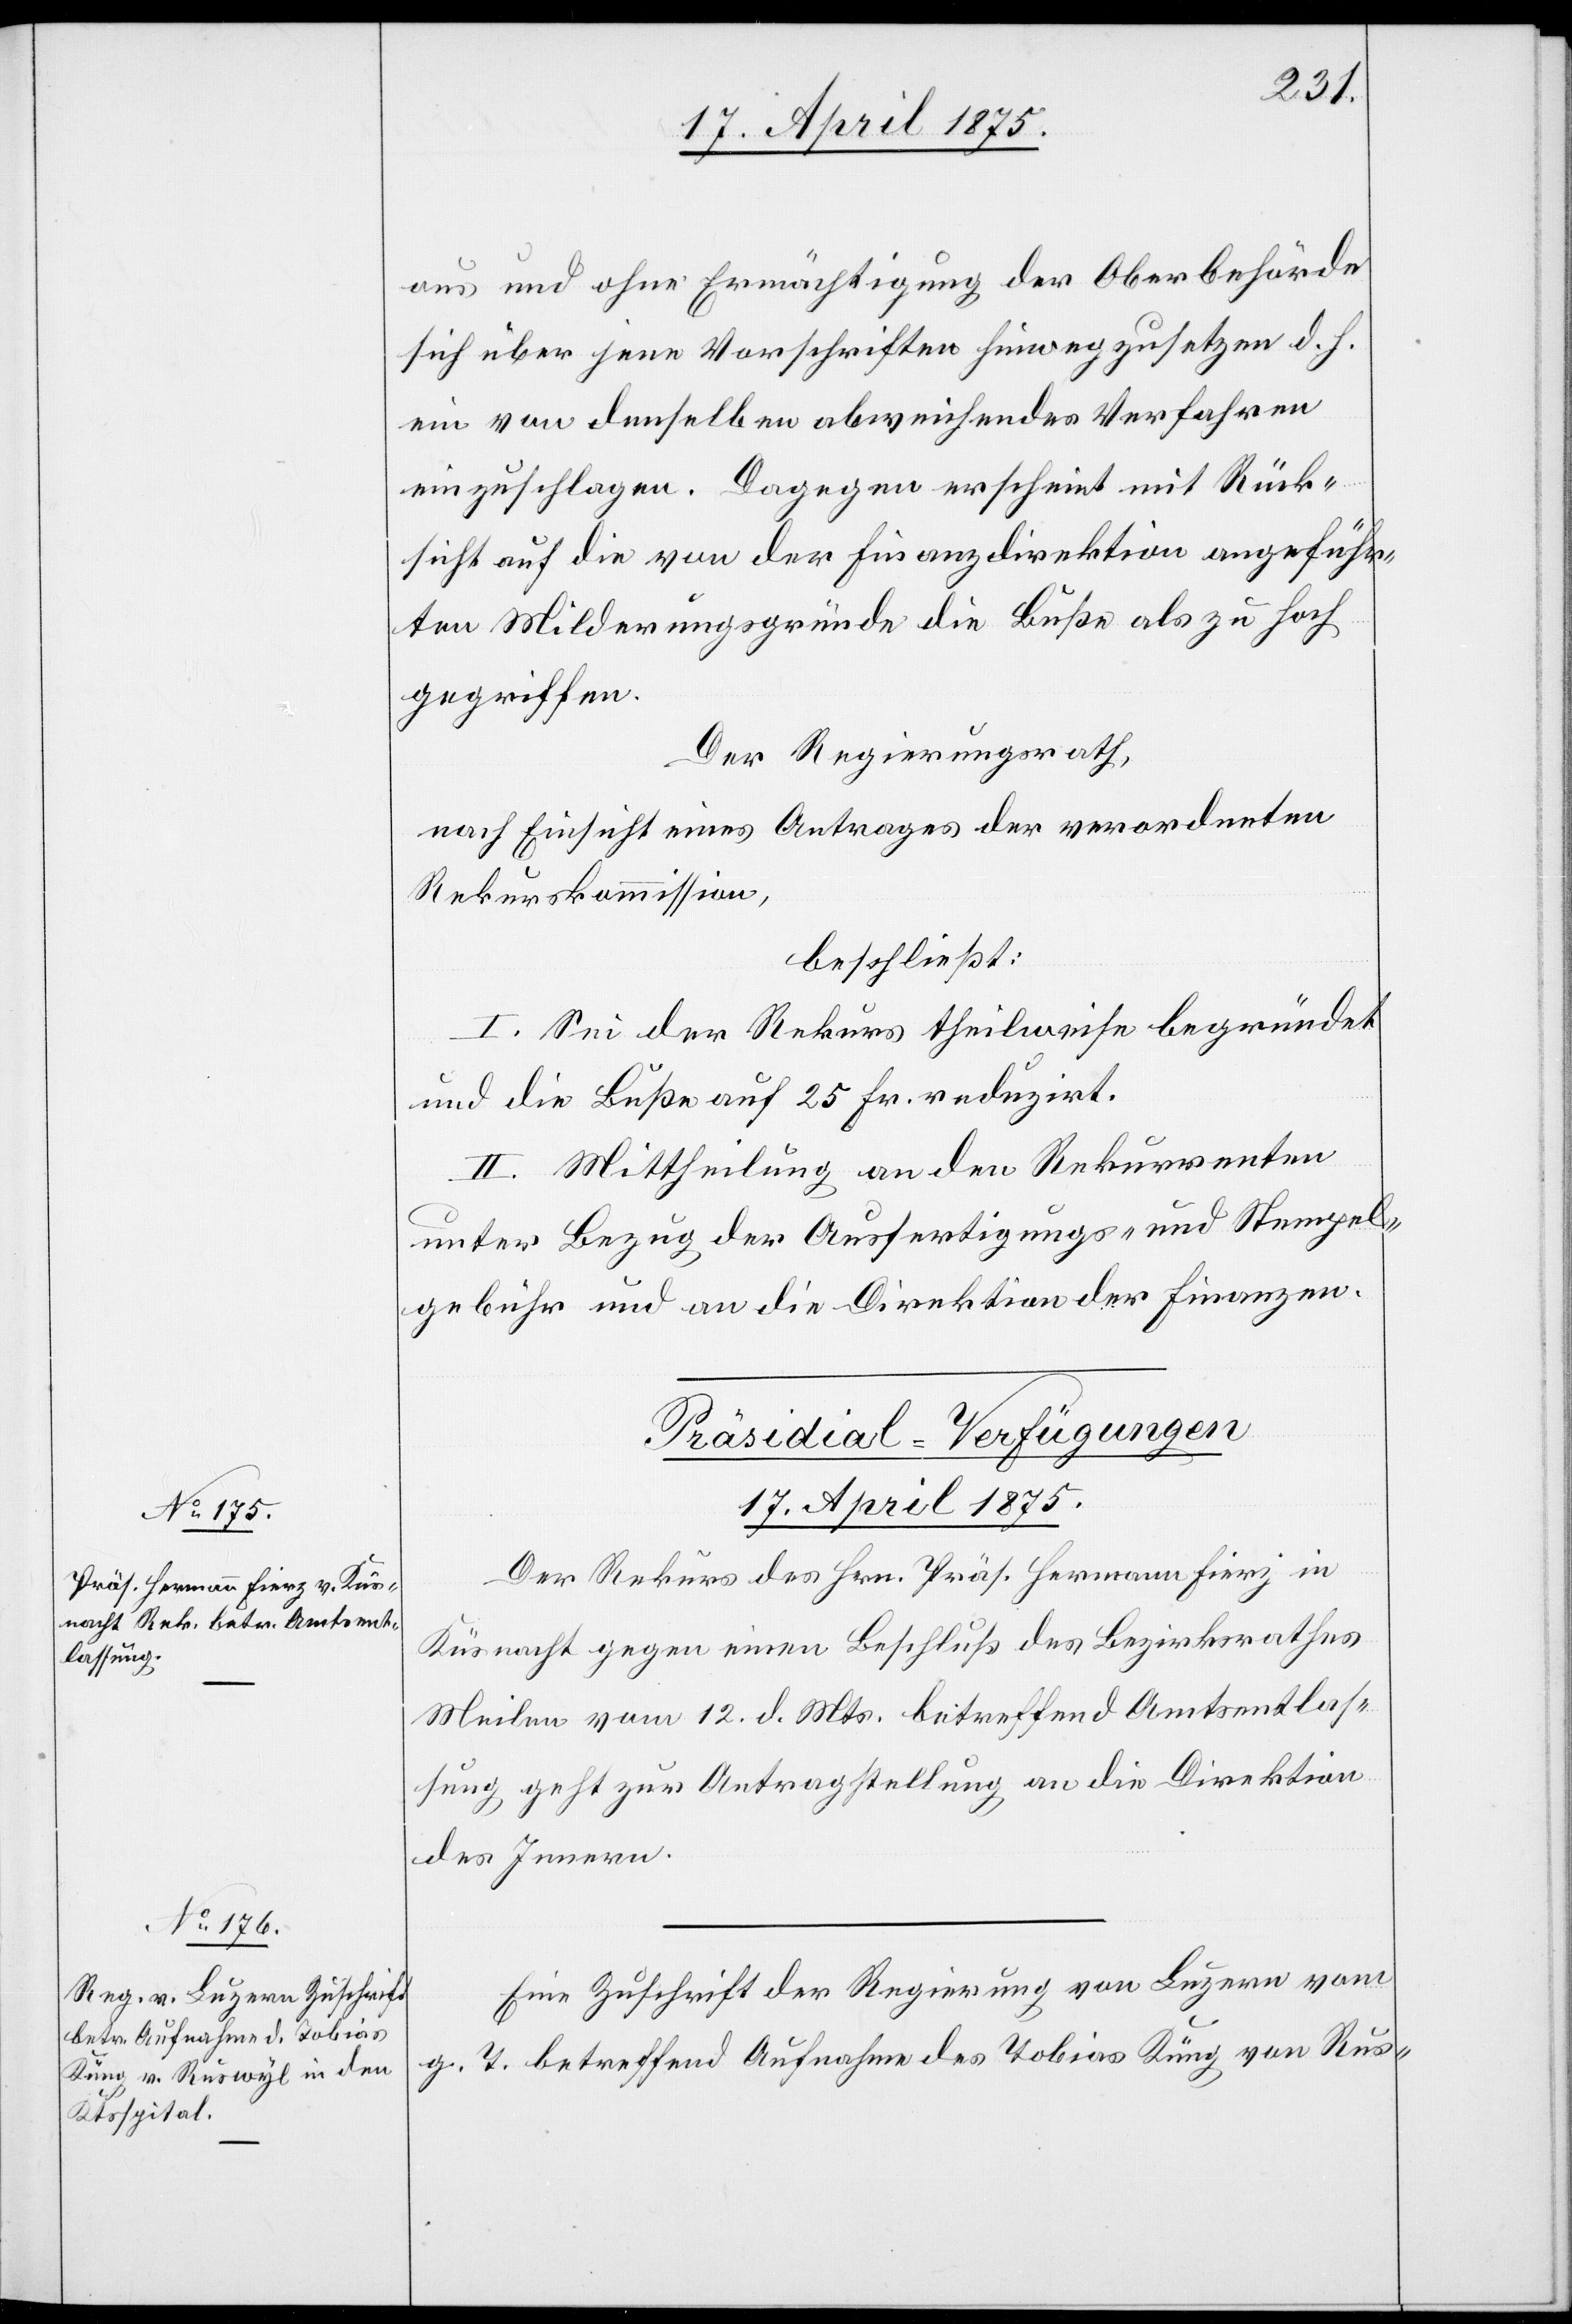
aus und ohne Ermächtigung der Oberbehörde
sich über jene Vorschriften hinwegzusetzen d. h
ein von denselben abweisendes Verfahre
einzuschlagen. Dagegen erscheint mit Rück¬
sicht auf die von der Finanzdirektion angeführ¬
ten Milderungsgründe die Buße als zu hoch
gegriffen.
Der Regierungsrath,
nach Einsicht eines Antrages der verordneten
Rekurskommission,
beschließt:
I. Sei der Rekurs theilweise begründet
und die Buße auf 25 Fr. reduzirt.
II. Mittheilung an den Rekurrenten
unter Bezug der Ausfertigungs- und Stempel¬
gebühr und an die Direktion der Finanzen.
[Präsidial-Verfügungen
17. April 1875.]
Der Rekurs des Hrn. Präs. Hermann Fierz in
Küsnacht gegen einen Beschluß des Bezirksrathes
Meilen vom 12. d. Mts. betreffend Amtsentlas¬
sung, geht zur Antragstellung an die Direktion
des Innern.
Eine Zuschrift der Regierung von Luzern vom
g. T. betreffend Aufnahme der Tobias Küng von Rus-